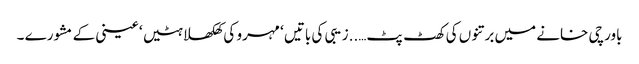
باورچی خانے میں برتنوں کی کھٹ پٹ…..زیبی کی باتیں ‘ مہرو کی کھلکھلاہٹیں ‘ عینی کے مشورے ۔